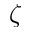
\zeta